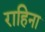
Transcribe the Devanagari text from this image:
राहिना